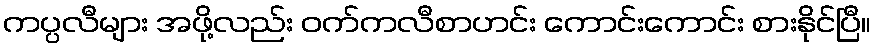
ကပ္ပလီများ အဖို့လည်း ဝက်ကလီစာဟင်း ကောင်းကောင်း စားနိုင်ပြီ။